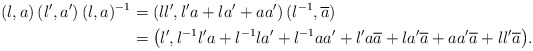
\begin{align*}\allowdisplaybreaks (\l,a)\, (\l',a') \,(\l,a)^{-1}&=(\l\l', \l'a + \l a'+ aa') \, (\l^{-1},\overline{a}) \\ &=\big (\l',\l^{-1} \l'a + \l^{-1}\l a'+ \l^{-1} aa' + \l'a\overline{a} + \l a'\overline{a}+ aa'\overline{a}+\l\l'\overline{a}\big ). \end{align*}